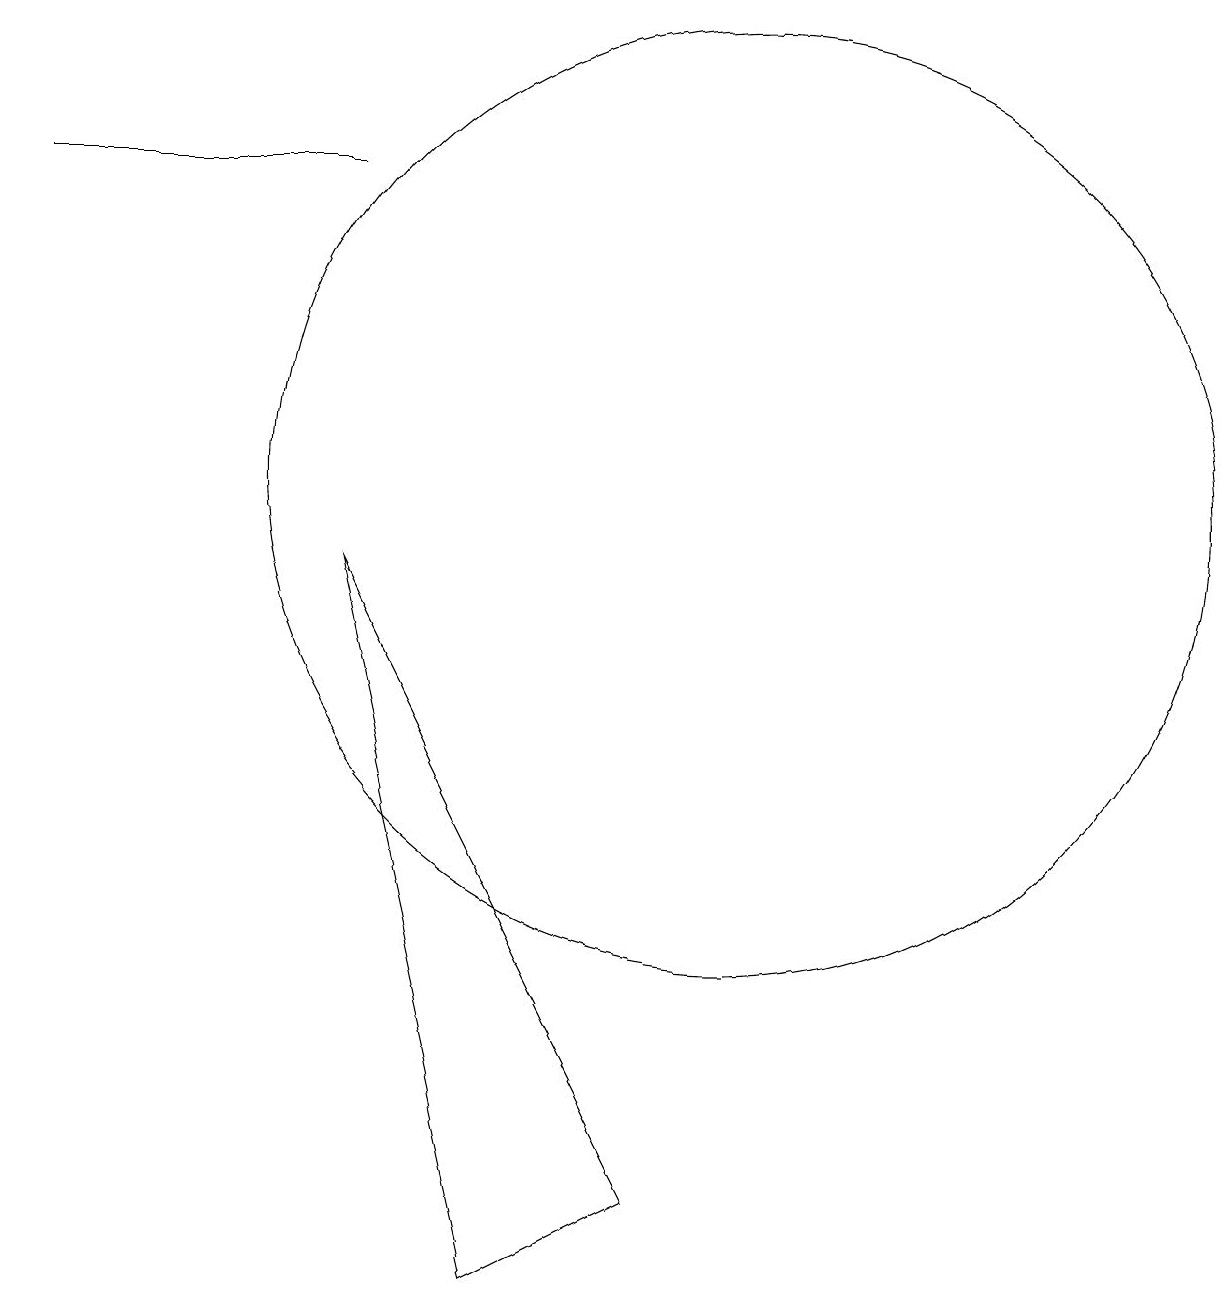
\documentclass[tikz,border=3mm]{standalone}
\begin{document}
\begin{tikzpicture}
\draw (10,10) circle (6);
\draw (9,1) -- (5,9) -- (7,0) -- cycle;
\draw (1,14) rectangle (5,14);
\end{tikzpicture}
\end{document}